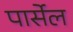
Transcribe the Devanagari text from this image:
पार्सेल